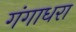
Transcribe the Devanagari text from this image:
गंगाधरा